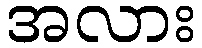
အလား